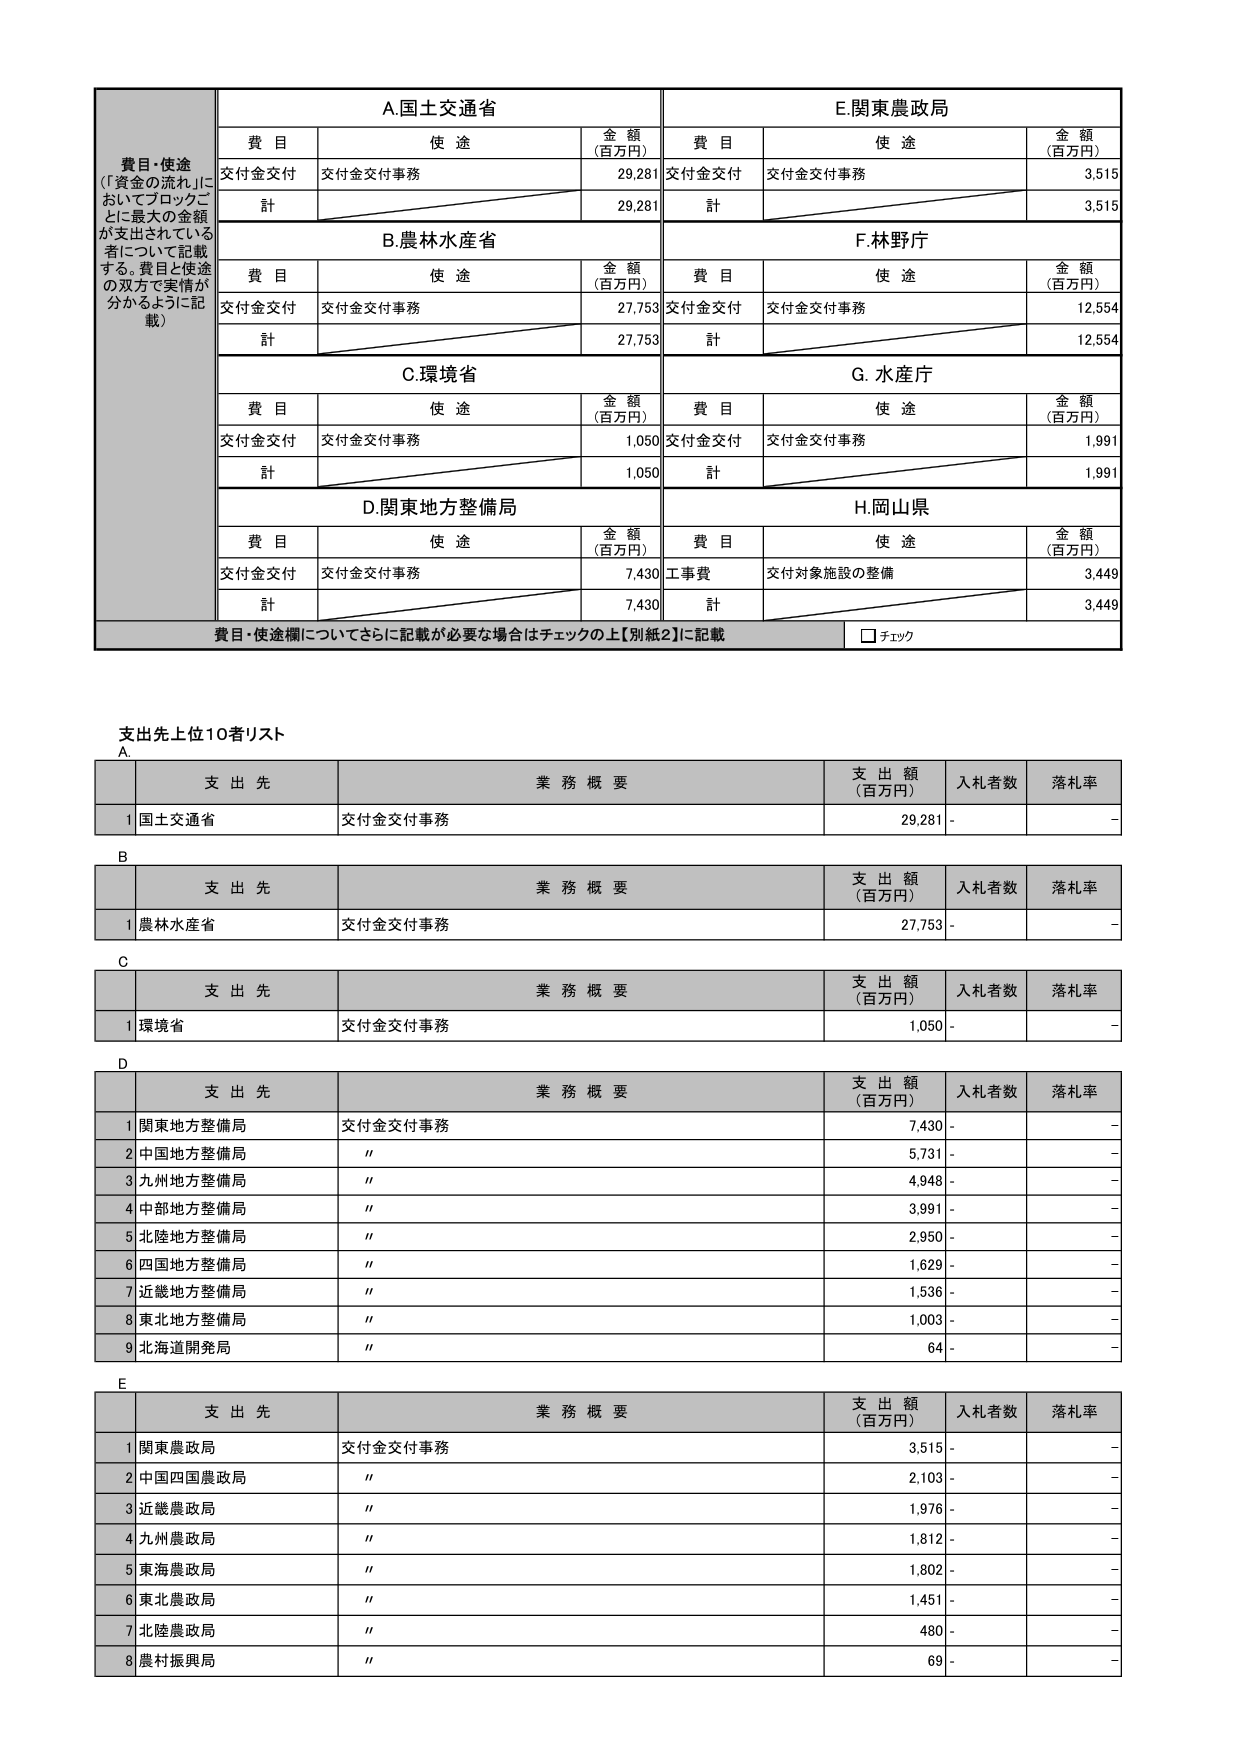
費目・使途
（「資金の流れ」においてブロックごとに最大の金額が支出されている者について記載する。費目と使途の双方で実情が分かるように記載）

A.国土交通省
費目　使途　金額（百万円）
交付金交付　交付金交付事務　29,281
計　29,281

B.農林水産省
費目　使途　金額（百万円）
交付金交付　交付金交付事務　27,753
計　27,753

C.環境省
費目　使途　金額（百万円）
交付金交付　交付金交付事務　1,050
計　1,050

D.関東地方整備局
費目　使途　金額（百万円）
交付金交付　交付金交付事務　7,430
計　7,430

E.関東農政局
費目　使途　金額（百万円）
交付金交付　交付金交付事務　3,515
計　3,515

F.林野庁
費目　使途　金額（百万円）
交付金交付　交付金交付事務　12,554
計　12,554

G.水産庁
費目　使途　金額（百万円）
交付金交付　交付金交付事務　1,991
計　1,991

H.岡山県
費目　使途　金額（百万円）
工事費　交付対象施設の整備　3,449
計　3,449

費目・使途欄についてさらに記載が必要な場合はチェックの上【別紙2】に記載
□ チェック

支出先上位10者リスト

A
支出先　業務概要　支出額（百万円）　入札者数　落札率
1 国土交通省　交付金交付事務　29,281　-　-

B
支出先　業務概要　支出額（百万円）　入札者数　落札率
1 農林水産省　交付金交付事務　27,753　-　-

C
支出先　業務概要　支出額（百万円）　入札者数　落札率
1 環境省　交付金交付事務　1,050　-　-

D
支出先　業務概要　支出額（百万円）　入札者数　落札率
1 関東地方整備局　交付金交付事務　7,430　-　-
2 中国地方整備局　〃　5,731　-　-
3 九州地方整備局　〃　4,948　-　-
4 中部地方整備局　〃　3,991　-　-
5 北陸地方整備局　〃　2,950　-　-
6 四国地方整備局　〃　1,629　-　-
7 近畿地方整備局　〃　1,536　-　-
8 東北地方整備局　〃　1,003　-　-
9 北海道開発局　〃　64　-　-

E
支出先　業務概要　支出額（百万円）　入札者数　落札率
1 関東農政局　交付金交付事務　3,515　-　-
2 中国四国農政局　〃　2,103　-　-
3 近畿農政局　〃　1,976　-　-
4 九州農政局　〃　1,812　-　-
5 東海農政局　〃　1,802　-　-
6 東北農政局　〃　1,451　-　-
7 北陸農政局　〃　480　-　-
8 農村振興局　〃　69　-　-